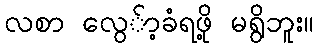
လစာ လွေ်ာ့ခံရဖို့ မရွိဘူး။